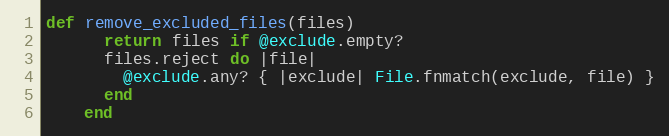
Language: Ruby
def remove_excluded_files(files)
      return files if @exclude.empty?
      files.reject do |file|
        @exclude.any? { |exclude| File.fnmatch(exclude, file) }
      end
    end